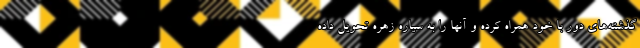
گذشته‌های دور با خود همراه کرده و آنها را به سیاره زهره تحویل داده